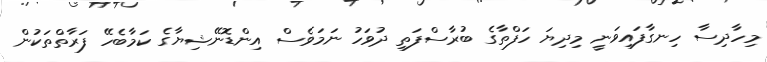
މިހާދިސާ ހިނގާފައިވަނީ މިދިޔަ ހަފްތާގެ ބުރާސްފަތި ދުވަހު ނަމަވެސް އިންޑޮނޭޝިޔާގެ ކަމާބެހޭ ފަރާތްތަކުން